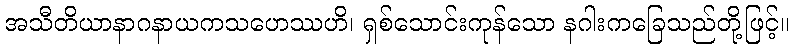
အသီတိယာနာဂနာယကသဟေဿဟိ၊ ရှစ်သောင်းကုန်သော နဂါးကခြေသည်တို့ဖြင့်။